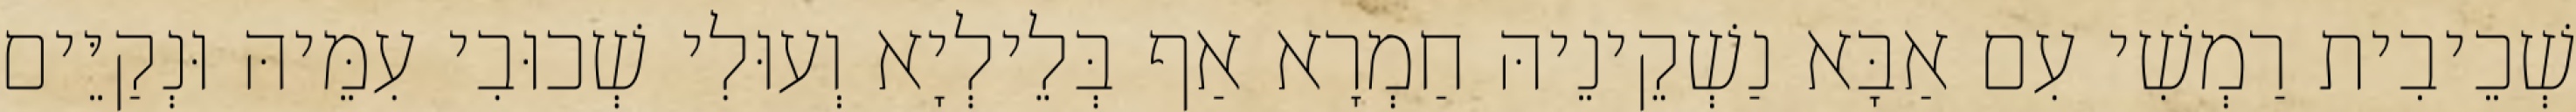
שְׁכֵיבִית רַמְשִׁי עִם אַבָּא נַשְׁקֵינֵיהּ חַמְרָא אַף בְּלֵילְיָא וְעוּלִי שְׁכוּבִי עִמֵּיהּ וּנְקַיֵּים